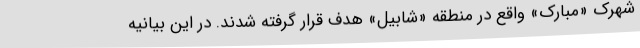
شهرک «مبارک» واقع در منطقه «شابیل» هدف قرار گرفته شدند. در این بیانیه